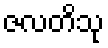
ဇလတိသု